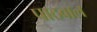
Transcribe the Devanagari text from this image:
पाठवाल